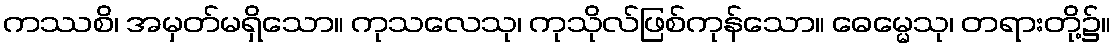
ကဿစိ၊ အမှတ်မရှိသော။ ကုသလေသု၊ ကုသိုလ်ဖြစ်ကုန်သော။ ဓေမ္မေသု၊ တရားတို့၌။